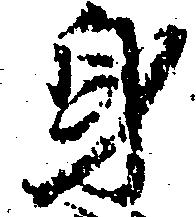
身